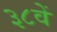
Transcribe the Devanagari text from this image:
३८वें